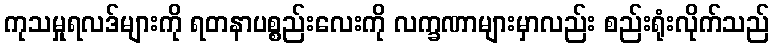
ကုသမှုရလဒ်များကို ရတနာပစ္စည်းလေးကို လက္ခဏာများမှာလည်း စည်းရုံးလိုက်သည်